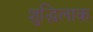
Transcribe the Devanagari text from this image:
शुद्धिलाक